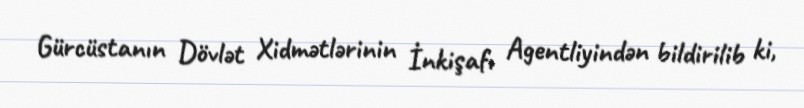
Gürcüstanın Dövlət Xidmətlərinin İnkişafı Agentliyindən bildirilib ki,